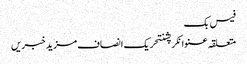
فیس بک
متعلقہ عنوانکرپشنتحریک انصاف مزید خبریں